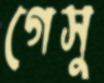
গেসু